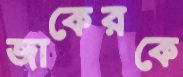
জাকেরকে